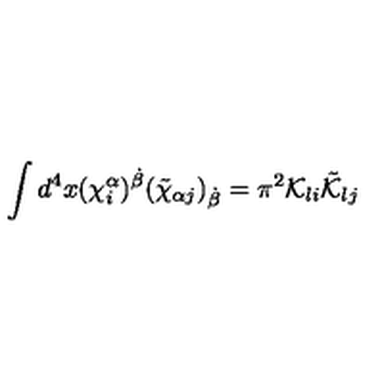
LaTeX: \int d ^ { 4 } x ( \chi _ { i } ^ { \alpha } ) ^ { \dot { \beta } } ( \tilde { \chi } _ { \alpha j } ) _ { \dot { \beta } } = \pi ^ { 2 } { \cal K } _ { l i } \tilde { \cal K } _ { l j }